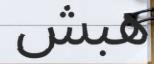
ھبش